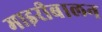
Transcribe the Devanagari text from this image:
माइरीबालन